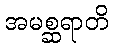
အမစ္ဆရာတိ